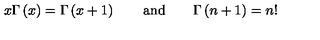
x \Gamma \left( x \right) = \Gamma \left( x + 1 \right) \mathrm { \qquad a n d \qquad } \Gamma \left( n + 1 \right) = n !